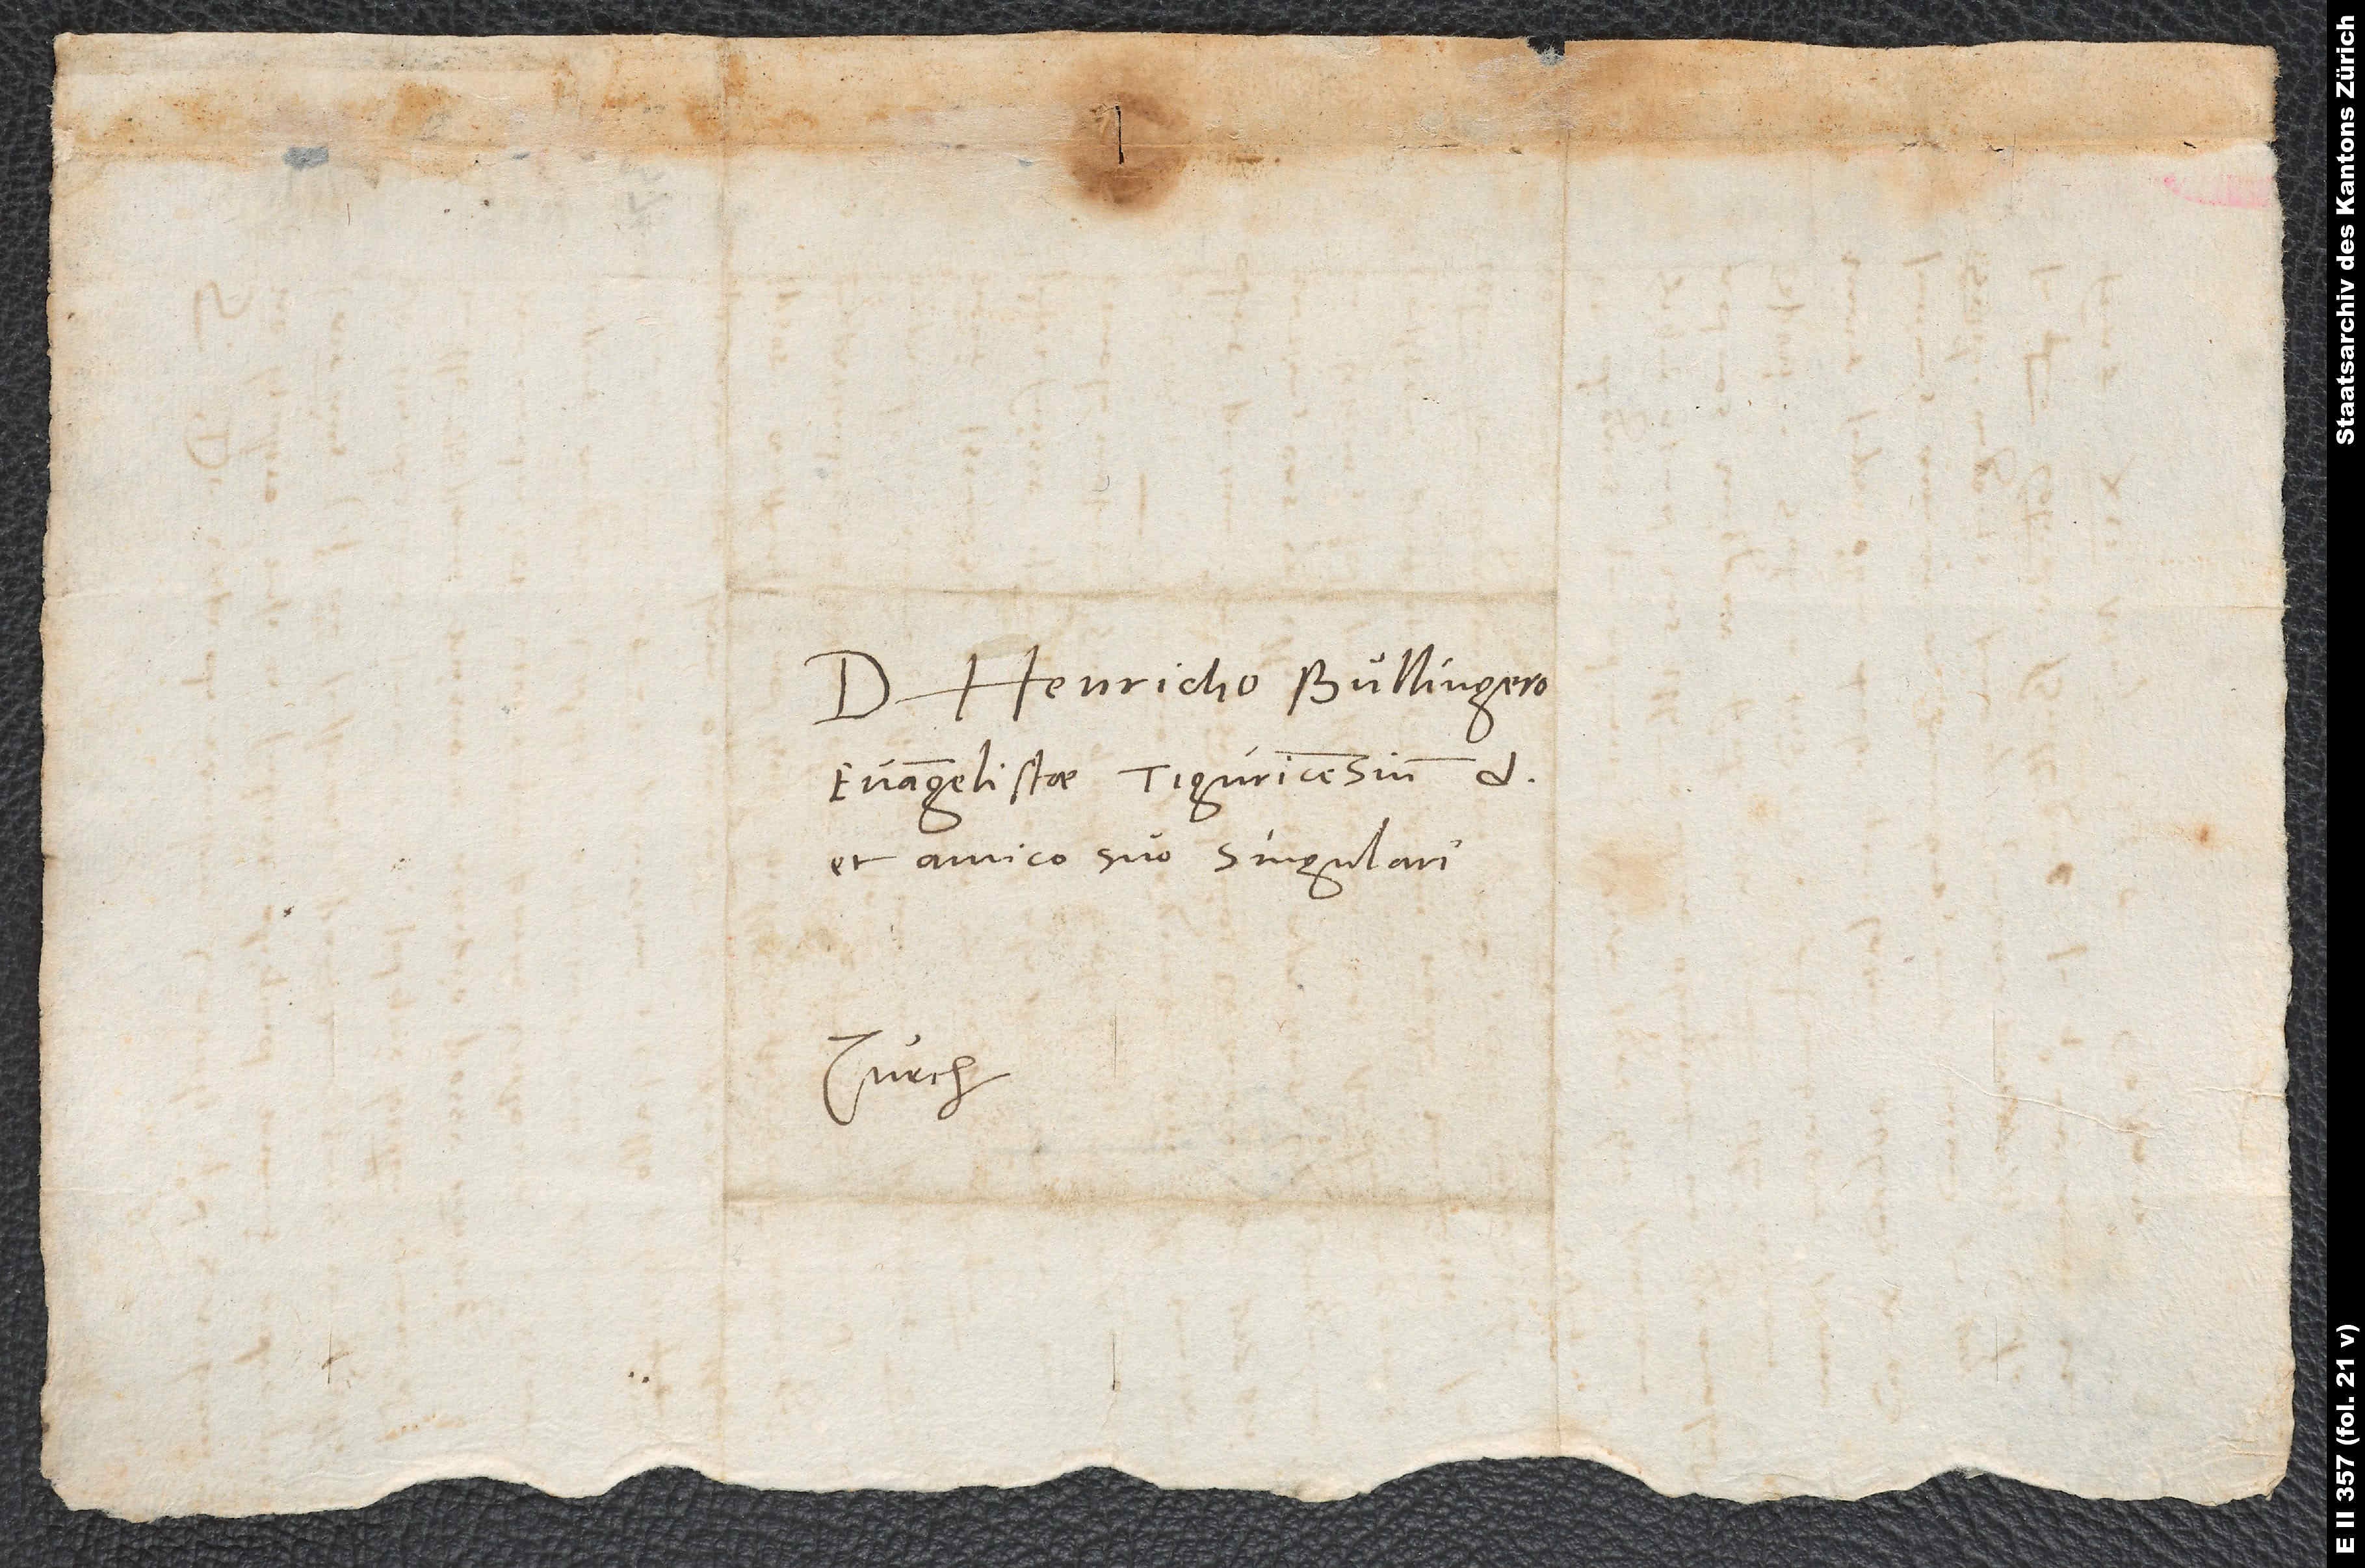
Domino Henricho Bullingero,
evangelistae Tiguricensium,
et amico suo singulari.
Zurch.